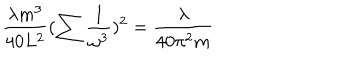
\frac { \lambda m ^ { 3 } } { 4 0 L ^ { 2 } } ( \sum \frac { 1 } { \omega ^ { 3 } } ) ^ { 2 } = \frac { \lambda } { 4 0 \pi ^ { 2 } m }